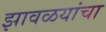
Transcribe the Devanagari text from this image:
झावळयांचा